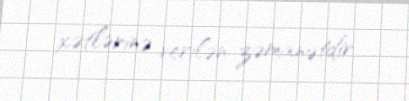
xətlərinə verilən zəmanətdir.